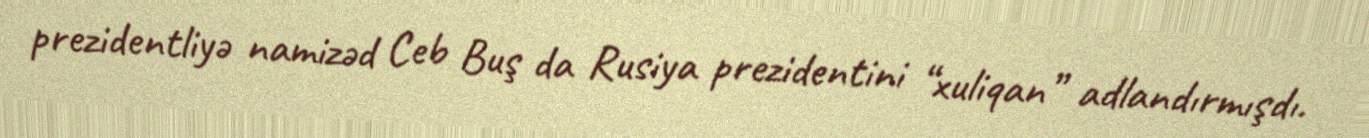
prezidentliyə namizəd Ceb Buş da Rusiya prezidentini “xuliqan” adlandırmışdı.